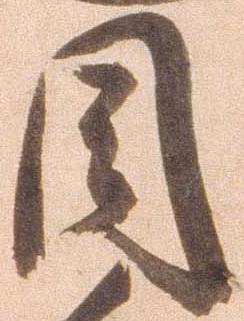
目